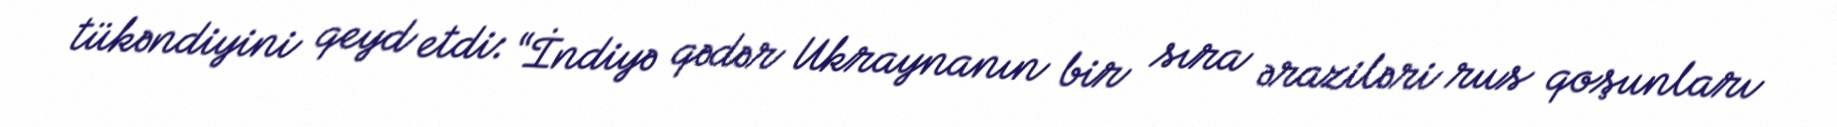
tükəndiyini qeyd etdi: “İndiyə qədər Ukraynanın bir sıra əraziləri rus qoşunları